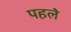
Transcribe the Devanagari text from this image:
पहल॓